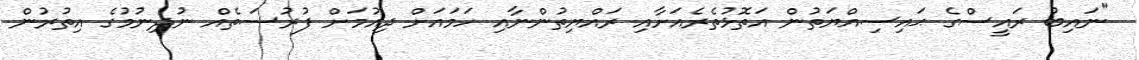
"ނައިބު ރައީސްގެ ޙައިސިއްޔަތުން އަތޮޅުތެރެއަށާއި ރައްޔިތުންނާއި ހަމައަށް ދިއުމަށް ފުރުސަތެއް ނުދިނުމުގެ އިތުރުން